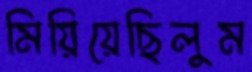
মিয়িয়েছিলুম